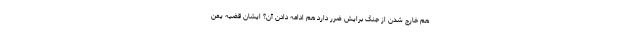
هم خارج شدن از جنگ برایش ضرر دارد هم ادامه دادن آن؟ ایشان قضیه یمن